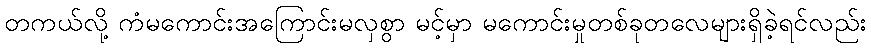
တကယ်လို့ ကံမကောင်းအကြောင်းမလှစွာ မင့်မှာ မကောင်းမှုတစ်ခုတလေများရှိခဲ့ရင်လည်း